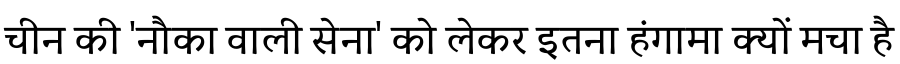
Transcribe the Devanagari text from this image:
चीन की 'नौका वाली सेना' को लेकर इतना हंगामा क्यों मचा है